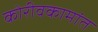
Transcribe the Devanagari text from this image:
कोरीवकामांत